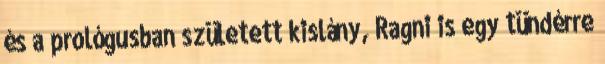
és a prológusban született kislány, Ragni is egy tündérre